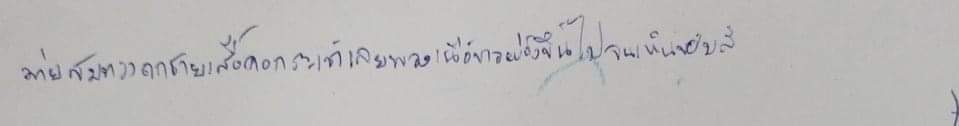
ม่ายสมทรงถกชายเสื้อคอกระเช้าเลยพวงเนื้อขาวผ่องขึ้นไปจนเห็นขอบสี